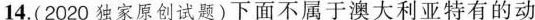
14. (2020独家原创试题)下面不属于澳大利亚特有的动